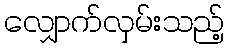
လျှောက်လှမ်းသည့်